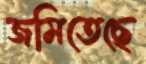
জমিতেছে